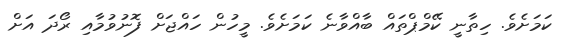
ކަމަށެވެ. ހިތާނީ ކޭމްޕްތައް ބާއްވާނެ ކަމަށެވެ. މީހުން ހައްޖަށް ފޮނުވުމާއި ރޯދަ އަށް